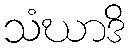
သံဃာဒိ